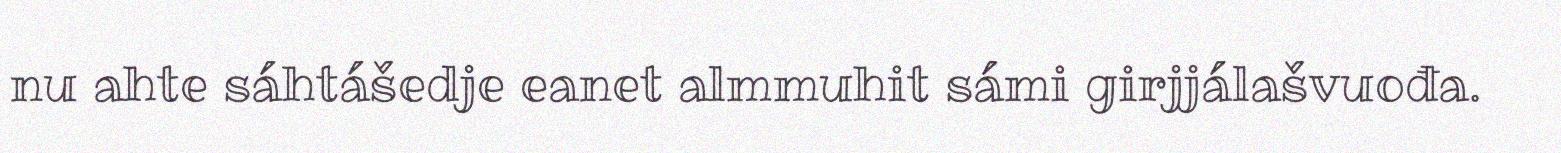
nu ahte sáhtášedje eanet almmuhit sámi girjjálašvuođa.